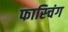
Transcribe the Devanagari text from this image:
फास्चिंग